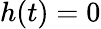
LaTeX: h(t)=0